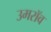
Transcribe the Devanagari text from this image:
उमरॉव